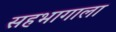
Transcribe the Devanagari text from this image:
सहभागाला